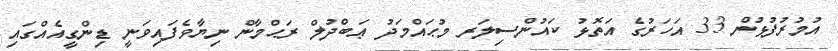
އުމުރުފުޅުން 33 އަހަރުގެ އަތޮޅު ކައުންސިލަރ މުޙައްމަދު ޢަބްދުލް ރަޙްމާން ނިޔާވެފައިވަނީ ޑިންގީއެއްގައި